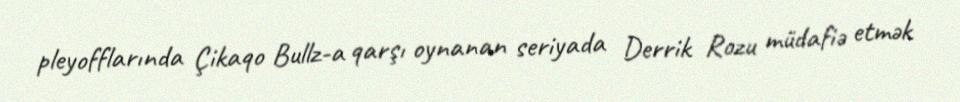
pleyofflarında Çikaqo Bullz-a qarşı oynanan seriyada Derrik Rozu müdafiə etmək